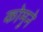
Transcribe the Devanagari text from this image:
कोमुने